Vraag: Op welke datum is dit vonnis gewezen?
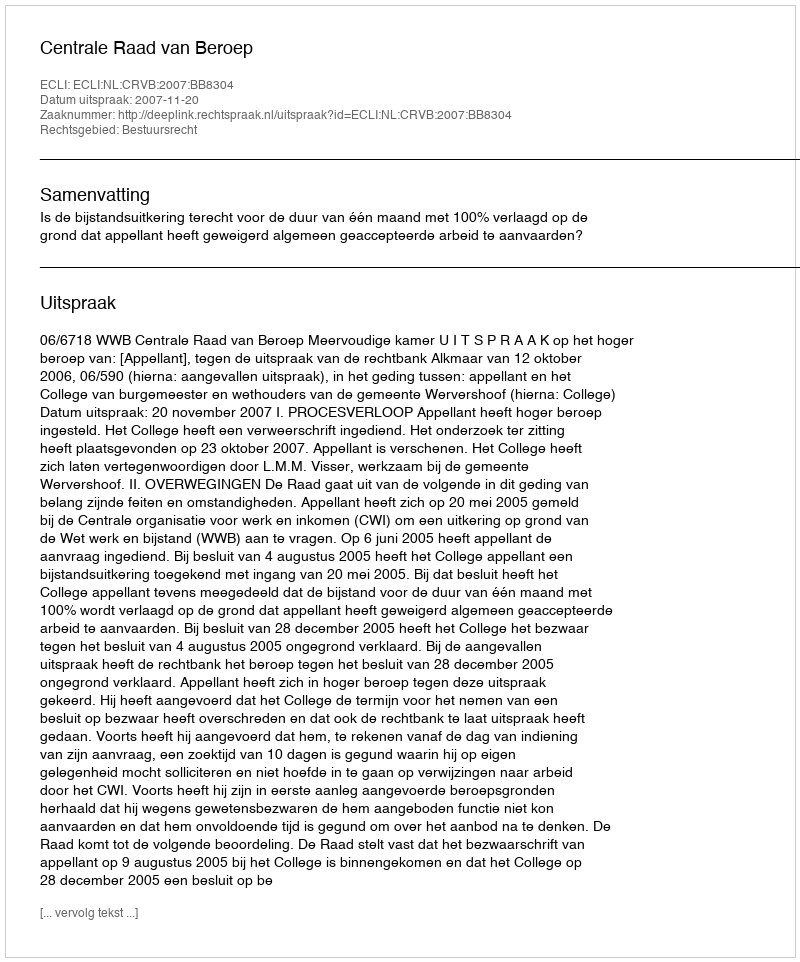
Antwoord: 2007-11-20